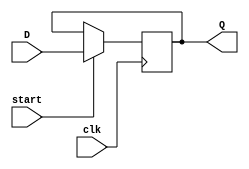
`timescale 1ns / 1ps
//////////////////////////////////////////////////////////////////////////////////
// Company: 
// Engineer: 
// 
// Design Name: 
// Module Name: 8-bit_reg
// Project Name: 
// Target Devices: 
// Tool Versions: 
// Description: 
// 
// Dependencies: 
// 
// Revision:
// Revision 0.01 - File Created
// Additional Comments:
// 
//////////////////////////////////////////////////////////////////////////////////


module reg_8_bit(input clk, start, input [7:0]D, output reg [7:0]Q);
always @ (posedge clk)
 if (start)
 Q <=D;
endmodule